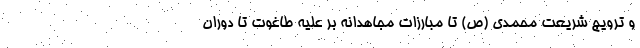
و ترویج شریعت محمدی (ص) تا مبارزات مجاهدانه بر علیه طاغوت تا دوران